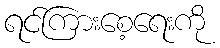
ရင်ကြားစေ့ရေးကို